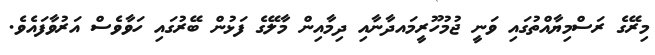
މިރޭގެ ރަސްމިޔާއްތުގައި ވަނީ ޖުމުހޫރީމައދާނާއި ދިމާއިން މާލޭގެ ފަޅުން ބޭރުގައި ހަވާވެސް އަރުވާފައެވެ.